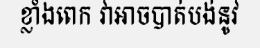
ខ្លាំងពេក វាអាចបាត់បង់នូវ